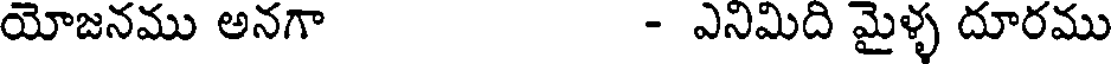
యోజనము అనగా - ఎనిమిది మైళ్ళ దూరము